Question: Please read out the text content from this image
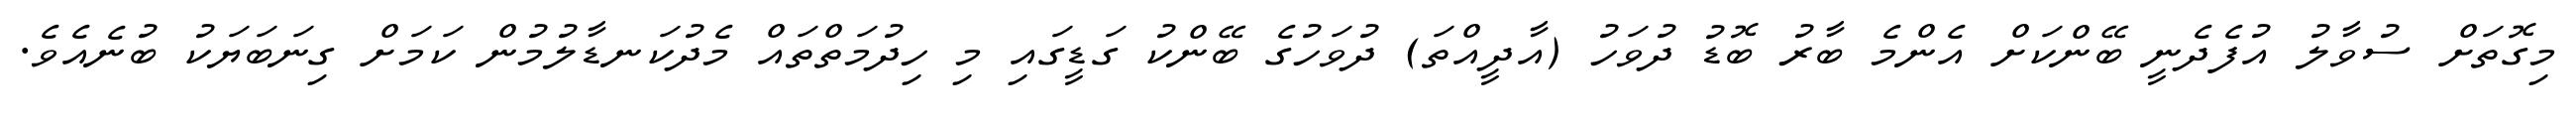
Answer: މިގޮތަށް ސުވާލު އުފެދެނީ ބޭންކަށް އެންމެ ބާރު ބޮޑު ދުވަހު (އާދީއްތަ) ދުވަހުގެ ބޭންކު ގަޑީގައި މި ހިދުމަތްތައް މެދުކަނޑާލުމުން ކަމަށް ގިނަބަޔަކު ބުނެއެވެ.